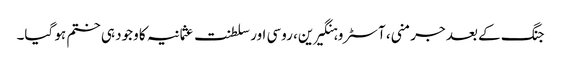
جنگ کے بعد جرمنی، آسٹرو ہنگیرین، روسی اور سلطنت عثمانیہ کا وجود ہی ختم ہو گیا۔